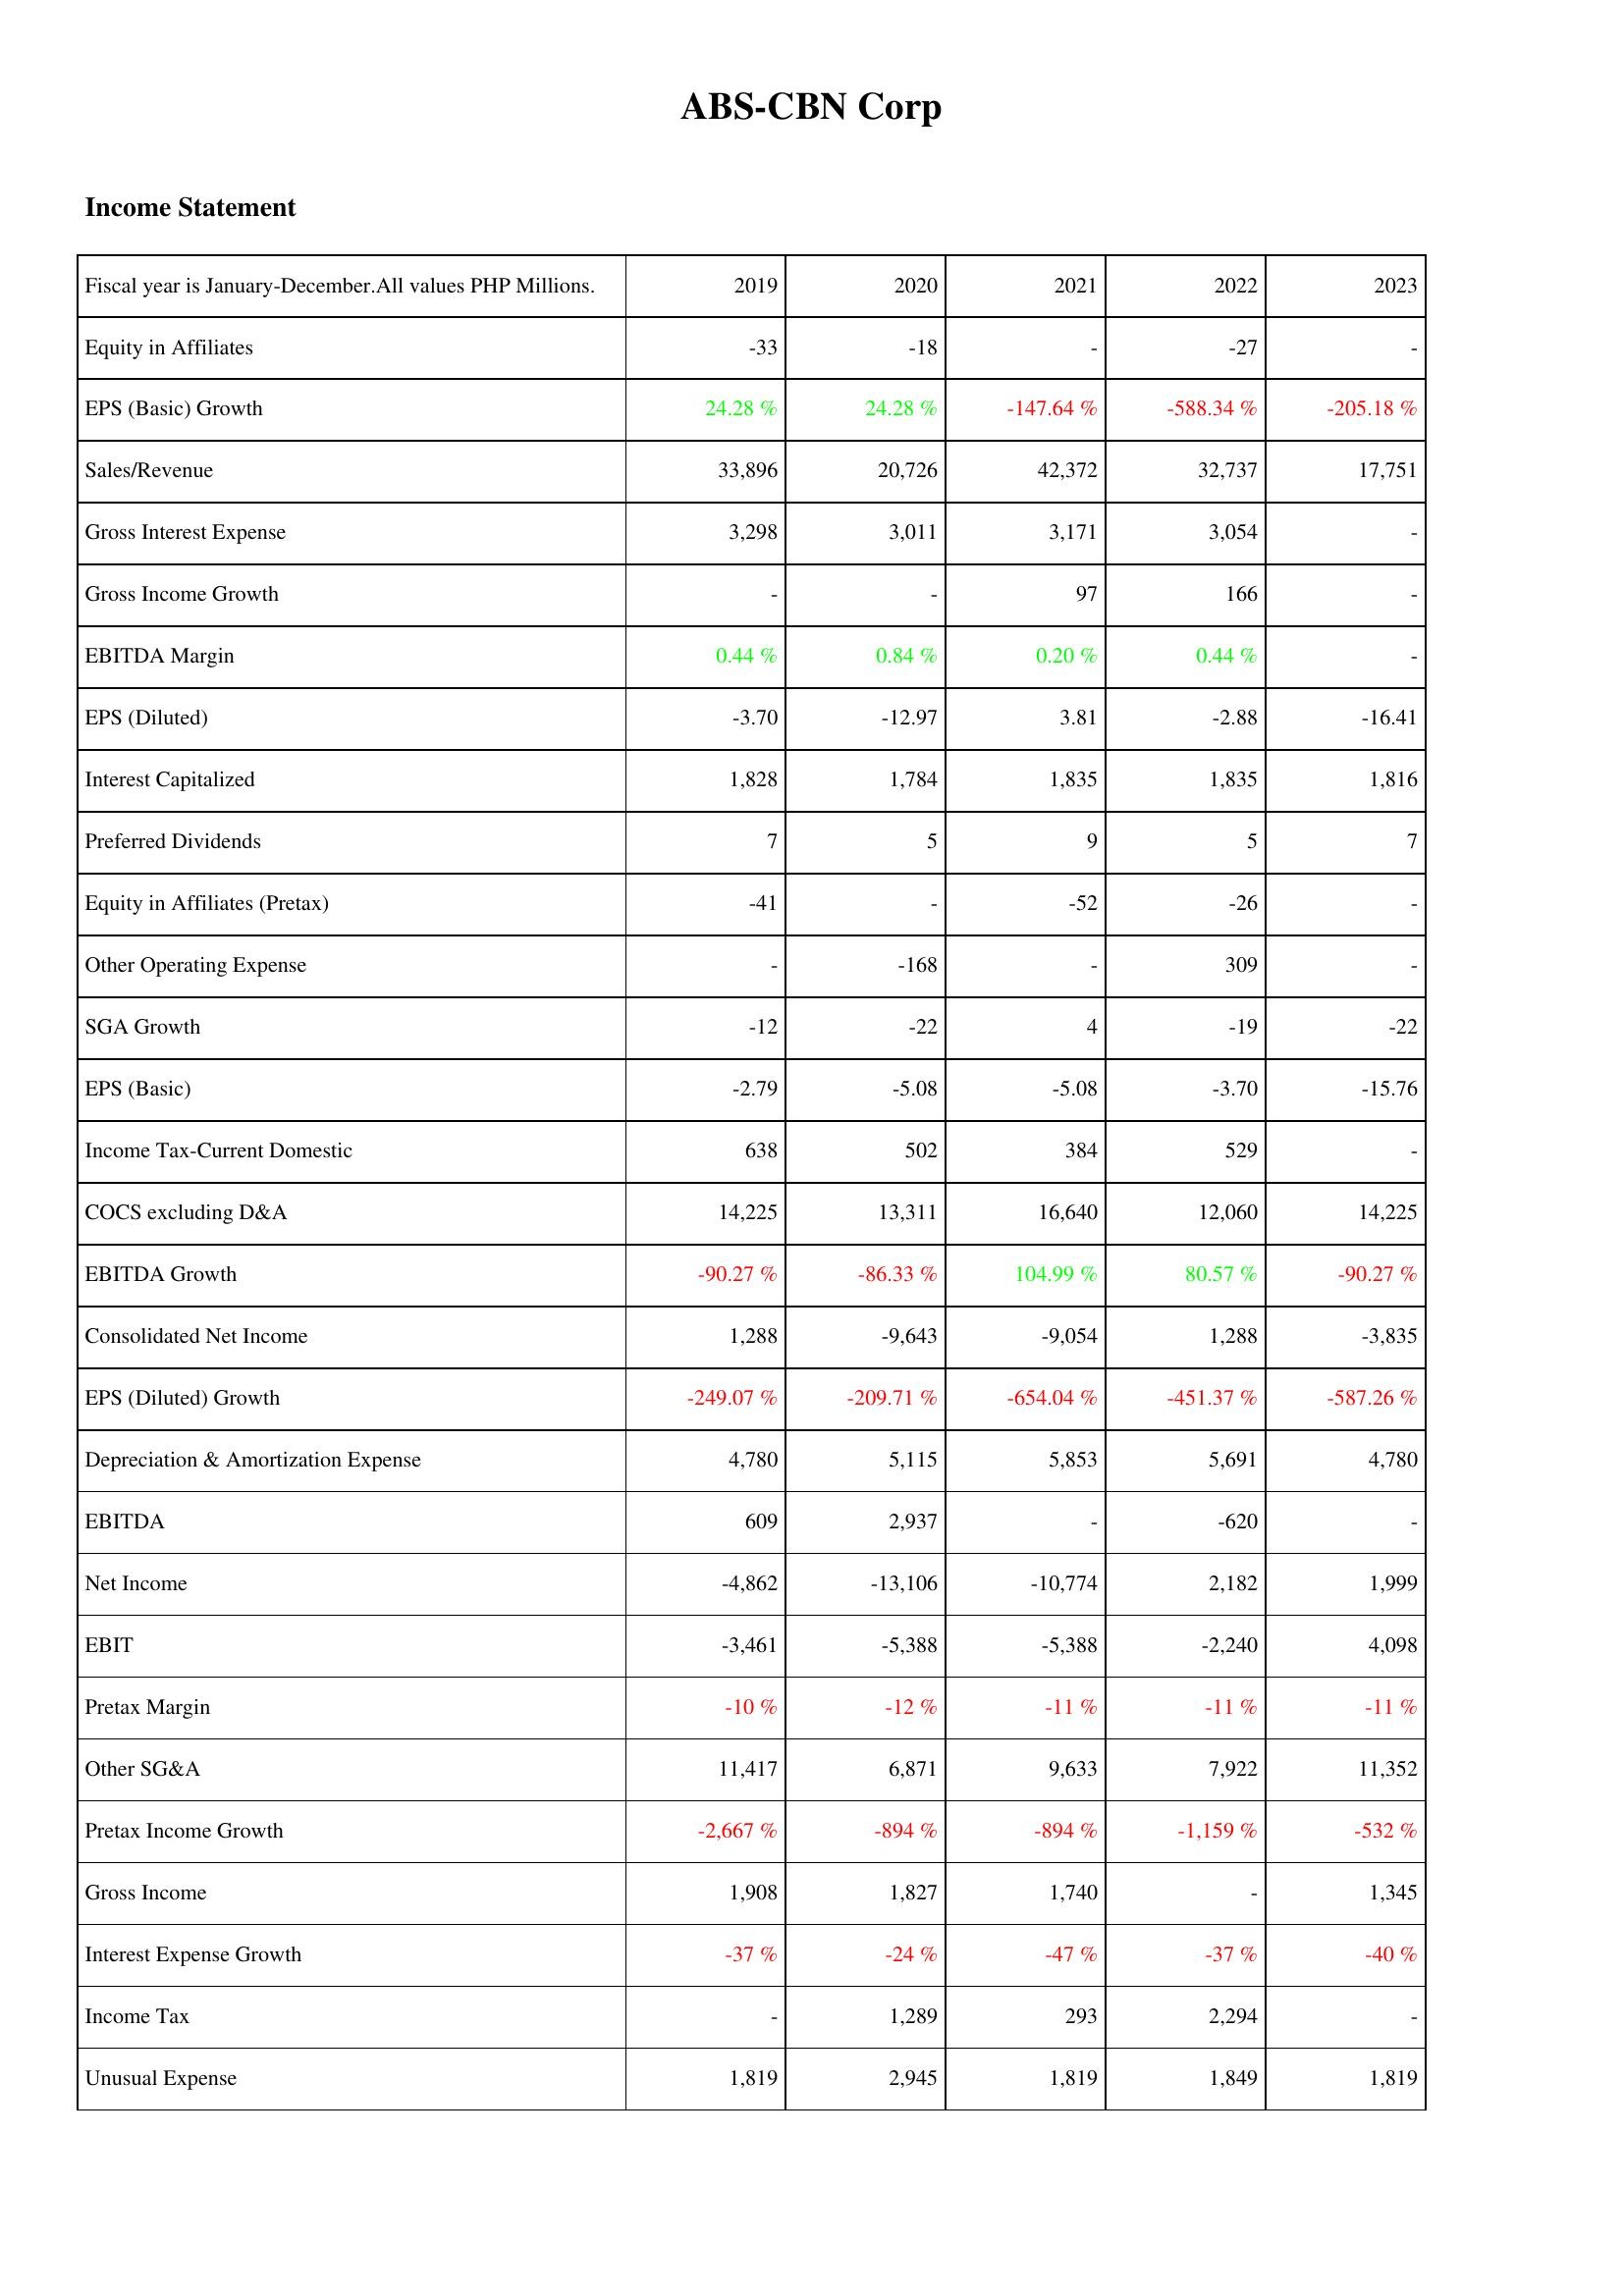
2019: Income Statement: Equity in Affiliates: -33
EPS (Basic) Growth: 24.28 %
Sales/Revenue: 33,896
Gross Interest Expense: 3,298
Gross Income Growth: -
EBITDA Margin: 0.44 %
EPS (Diluted): -3.70
Interest Capitalized: 1,828
Preferred Dividends: 7
Equity in Affiliates (Pretax): -41
Other Operating Expense: -
SGA Growth: -12
EPS (Basic): -2.79
Income Tax-Current Domestic: 638
COCS excluding D&A: 14,225
EBITDA Growth: -90.27 %
Consolidated Net Income: 1,288
EPS (Diluted) Growth: -249.07 %
Depreciation & Amortization Expense: 4,780
EBITDA: 609
Net Income: -4,862
EBIT: -3,461
Pretax Margin: -10 %
Other SG&A: 11,417
Pretax Income Growth: -2,667 %
Gross Income: 1,908
Interest Expense Growth: -37 %
Income Tax: -
Unusual Expense: 1,819
2020: Income Statement: Equity in Affiliates: -18
EPS (Basic) Growth: 24.28 %
Sales/Revenue: 20,726
Gross Interest Expense: 3,011
Gross Income Growth: -
EBITDA Margin: 0.84 %
EPS (Diluted): -12.97
Interest Capitalized: 1,784
Preferred Dividends: 5
Equity in Affiliates (Pretax): -
Other Operating Expense: -168
SGA Growth: -22
EPS (Basic): -5.08
Income Tax-Current Domestic: 502
COCS excluding D&A: 13,311
EBITDA Growth: -86.33 %
Consolidated Net Income: -9,643
EPS (Diluted) Growth: -209.71 %
Depreciation & Amortization Expense: 5,115
EBITDA: 2,937
Net Income: -13,106
EBIT: -5,388
Pretax Margin: -12 %
Other SG&A: 6,871
Pretax Income Growth: -894 %
Gross Income: 1,827
Interest Expense Growth: -24 %
Income Tax: 1,289
Unusual Expense: 2,945
2021: Income Statement: Equity in Affiliates: -
EPS (Basic) Growth: -147.64 %
Sales/Revenue: 42,372
Gross Interest Expense: 3,171
Gross Income Growth: 97
EBITDA Margin: 0.20 %
EPS (Diluted): 3.81
Interest Capitalized: 1,835
Preferred Dividends: 9
Equity in Affiliates (Pretax): -52
Other Operating Expense: -
SGA Growth: 4
EPS (Basic): -5.08
Income Tax-Current Domestic: 384
COCS excluding D&A: 16,640
EBITDA Growth: 104.99 %
Consolidated Net Income: -9,054
EPS (Diluted) Growth: -654.04 %
Depreciation & Amortization Expense: 5,853
EBITDA: -
Net Income: -10,774
EBIT: -5,388
Pretax Margin: -11 %
Other SG&A: 9,633
Pretax Income Growth: -894 %
Gross Income: 1,740
Interest Expense Growth: -47 %
Income Tax: 293
Unusual Expense: 1,819
2022: Income Statement: Equity in Affiliates: -27
EPS (Basic) Growth: -588.34 %
Sales/Revenue: 32,737
Gross Interest Expense: 3,054
Gross Income Growth: 166
EBITDA Margin: 0.44 %
EPS (Diluted): -2.88
Interest Capitalized: 1,835
Preferred Dividends: 5
Equity in Affiliates (Pretax): -26
Other Operating Expense: 309
SGA Growth: -19
EPS (Basic): -3.70
Income Tax-Current Domestic: 529
COCS excluding D&A: 12,060
EBITDA Growth: 80.57 %
Consolidated Net Income: 1,288
EPS (Diluted) Growth: -451.37 %
Depreciation & Amortization Expense: 5,691
EBITDA: -620
Net Income: 2,182
EBIT: -2,240
Pretax Margin: -11 %
Other SG&A: 7,922
Pretax Income Growth: -1,159 %
Gross Income: -
Interest Expense Growth: -37 %
Income Tax: 2,294
Unusual Expense: 1,849
2023: Income Statement: Equity in Affiliates: -
EPS (Basic) Growth: -205.18 %
Sales/Revenue: 17,751
Gross Interest Expense: -
Gross Income Growth: -
EBITDA Margin: -
EPS (Diluted): -16.41
Interest Capitalized: 1,816
Preferred Dividends: 7
Equity in Affiliates (Pretax): -
Other Operating Expense: -
SGA Growth: -22
EPS (Basic): -15.76
Income Tax-Current Domestic: -
COCS excluding D&A: 14,225
EBITDA Growth: -90.27 %
Consolidated Net Income: -3,835
EPS (Diluted) Growth: -587.26 %
Depreciation & Amortization Expense: 4,780
EBITDA: -
Net Income: 1,999
EBIT: 4,098
Pretax Margin: -11 %
Other SG&A: 11,352
Pretax Income Growth: -532 %
Gross Income: 1,345
Interest Expense Growth: -40 %
Income Tax: -
Unusual Expense: 1,819